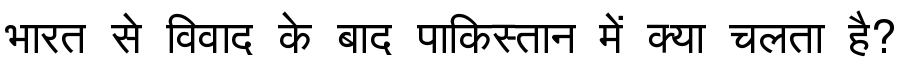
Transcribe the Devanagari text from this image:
भारत से विवाद के बाद पाकिस्तान में क्या चलता है?